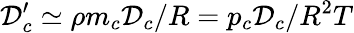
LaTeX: \mathcal{D}_{c}^{\prime}\simeq\rho m_{c}\mathcal{D}_{c}/R=p_{c}\mathcal{D}_{c}/R^{2}T